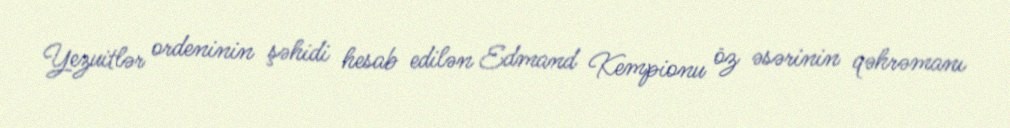
Yezuitlər ordeninin şəhidi hesab edilən Edmand Kempionu öz əsərinin qəhrəmanı